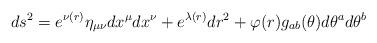
LaTeX: \begin{align*}ds^2=e^{\nu(r)}\eta_{\mu\nu}dx^\mu dx^\nu+e^{\lambda(r)} dr^2+\varphi(r)g_{ab}(\theta)d\theta^a d\theta^b\end{align*}